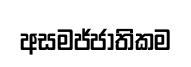
අසමජ්ජාතිකම